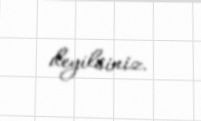
deyilsiniz.